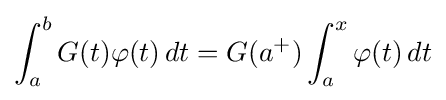
\int _{a}^{b}G(t)\varphi (t)\,dt=G(a^{+})\int _{a}^{x}\varphi (t)\,dt